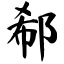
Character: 郗